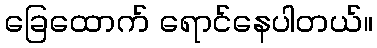
ခြေထောက် ရောင်နေပါတယ်။